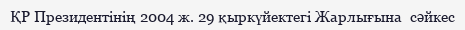
ҚР Президентінің 2004 ж. 29 қыркүйектегі Жарлығына  сәйкес